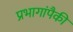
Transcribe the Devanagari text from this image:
प्रभागांपैकी